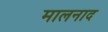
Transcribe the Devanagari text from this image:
मालनाद